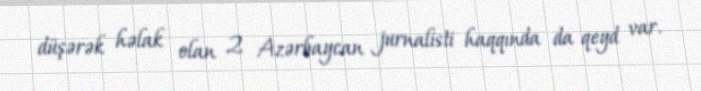
düşərək həlak olan 2 Azərbaycan jurnalisti haqqında da qeyd var.